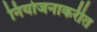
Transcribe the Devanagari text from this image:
नियोजनाकरीत